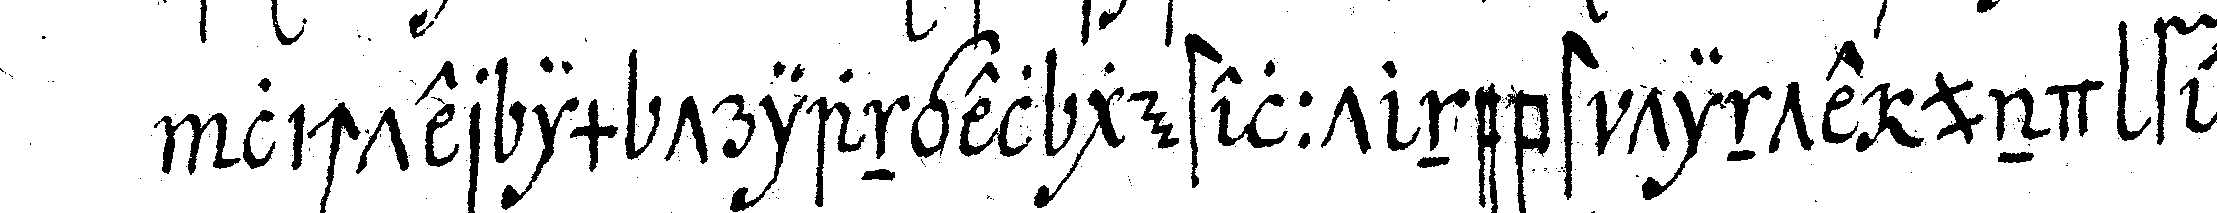
lichter im triangel gestellt nebst tinte und fe